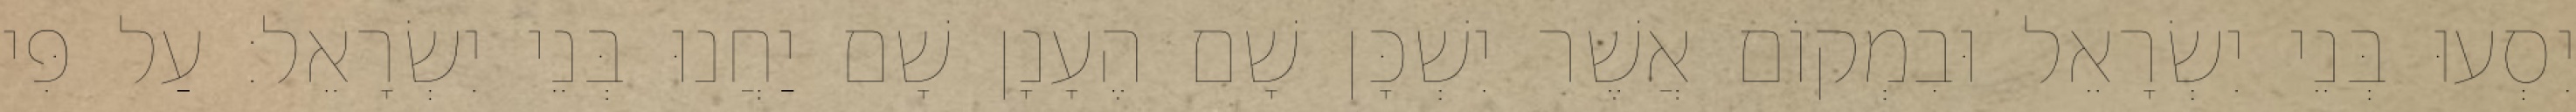
יִסְעוּ בְּנֵי יִשְׂרָאֵל וּבִמְקוֹם אֲשֶׁר יִשְׁכָּן שָׁם הֶעָנָן שָׁם יַחֲנוּ בְּנֵי יִשְׂרָאֵל׃ עַל פִּי